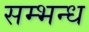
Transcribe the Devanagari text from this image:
सम्भन्ध